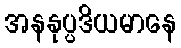
အနနုပ္ပဒိယမာနေ